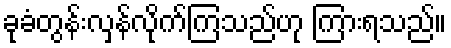
ခုခံတွန်းလှန်လိုက်ကြသည်ဟု ကြားရသည်။